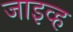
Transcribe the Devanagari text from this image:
जाइव्ह